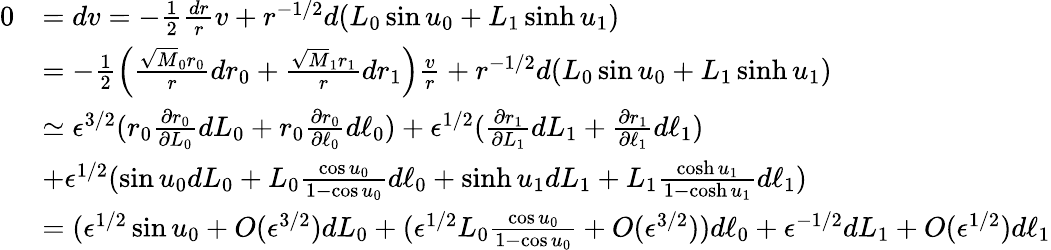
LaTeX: \begin{array}{rl}{0}&{=dv=-\frac{1}{2}\frac{dr}{r}v+r^{-1/2}d(L_{0}\sin u_{0}+L_{1}\sinh u_{1})}\\ &{=-\frac{1}{2}\left(\frac{\sqrt M_{0}r_{0}}{r}dr_{0}+\frac{\sqrt M_{1}r_{1}}{r}dr_{1}\right)\frac{v}{r}+r^{-1/2}d(L_{0}\sin u_{0}+L_{1}\sinh u_{1})}\\ &{\simeq\epsilon^{3/2}(r_{0}\frac{\partial r_{0}}{\partial L_{0}}dL_{0}+r_{0}\frac{\partial r_{0}}{\partial\ell_{0}}d\ell_{0})+\epsilon^{1/2}(\frac{\partial r_{1}}{\partial L_{1}}dL_{1}+\frac{\partial r_{1}}{\partial\ell_{1}}d\ell_{1})}\\ &{+\epsilon^{1/2}(\sin u_{0}dL_{0}+L_{0}\frac{\cos u_{0}}{1-\cos u_{0}}d\ell_{0}+\sinh u_{1}dL_{1}+L_{1}\frac{\cosh u_{1}}{1-\cosh u_{1}}d\ell_{1})}\\ &{=(\epsilon^{1/2}\sin u_{0}+O(\epsilon^{3/2})dL_{0}+(\epsilon^{1/2}L_{0}\frac{\cos u_{0}}{1-\cos u_{0}}+O(\epsilon^{3/2}))d\ell_{0}+\epsilon^{-1/2}dL_{1}+O(\epsilon^{1/2})d\ell_{1}}\end{array}